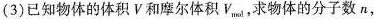
(3)已知物体的体积V和摩尔体积V_{mol}，求物体的分子数n，